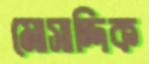
মোসাদ্দিক